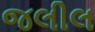
જલીલ